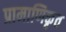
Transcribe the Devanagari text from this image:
प्रामाणिकृत